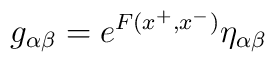
g_{\alpha \beta }=e^{F(x^{+},x^{-})}\eta _{\alpha \beta }